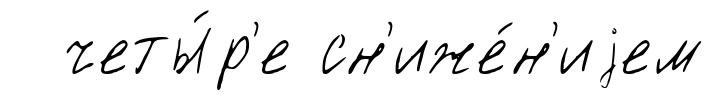
четы́р'е сн'иже́н'иjем